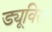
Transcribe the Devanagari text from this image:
ड्यूविस